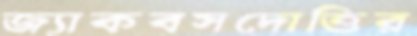
জ্যাকবসদোত্তির